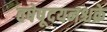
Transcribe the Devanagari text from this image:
वषेषूदयनश्चक्रे